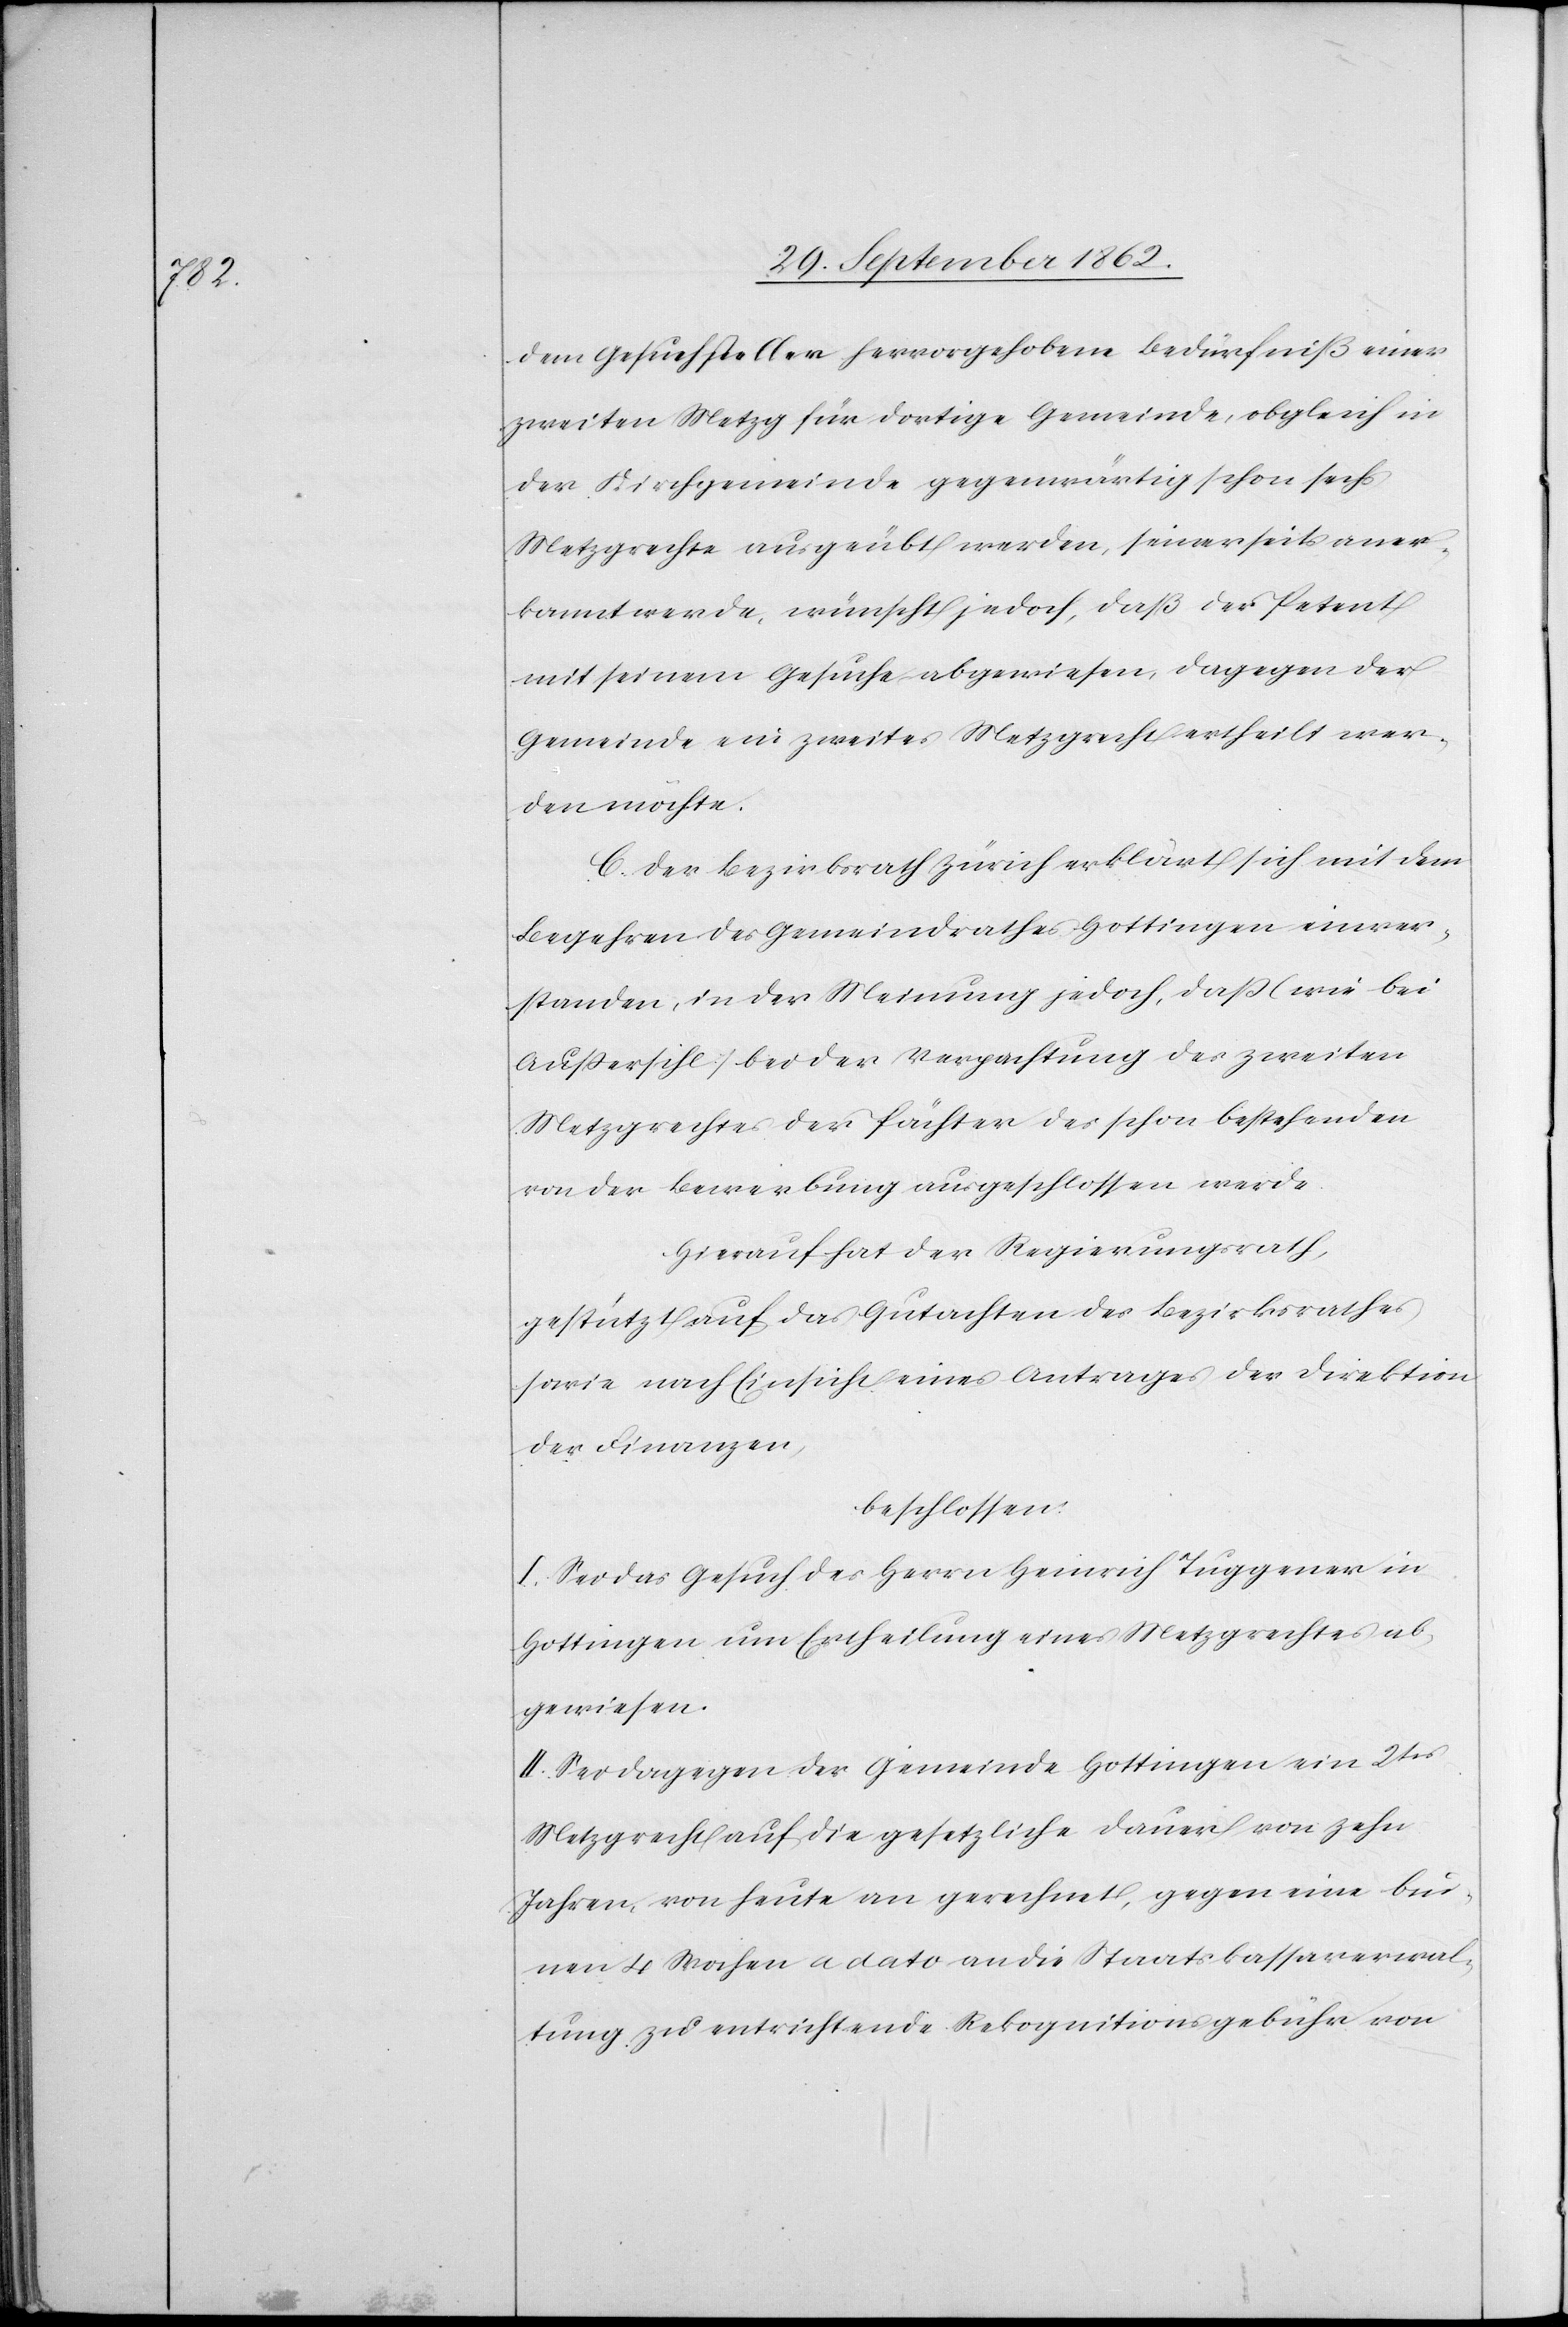
dem Gesuchsteller hervorgehobene Bedürfniß einer
zweiten Metzg für dortige Gemeinde, obgleich in
der Kirchgemeinde gegenwärtig schon sechs
Metzgrechte ausgeübt werden, seinerseits aner¬
kannt werde, wünscht jedoch, daß der Petent
mit seinem Gesuche abgewiesen, dagegen der
Gemeinde ein zweites Metzgrecht ertheilt wer¬
den möchte.
D. Der Bezirksrath Zürich erklärt sich mit dem
Begehren des Gemeindrathes Hottingen einver¬
standen, in der Meinung jedoch, daß (wie bei
Außersihl) bei der Verpachtung des zweiten
Metzgrechtes der Pächter des schon bestehenden
von der Bewerbung ausgeschlossen werde.
Hierauf hat der Regierungsrath,
gestützt auf das Gutachten des Bezirksrathes
sowie nach Einsicht eines Antrages der Direktion
der Finanzen,
beschlossen:
I. Sei das Gesuch des Herrn Heinrich Tuggener in
Hottingen um Ertheilung eines Metzgrechtes ab¬
gewiesen.
II. Sei dagegen der Gemeinde Hottingen ein 2tes
Metzgrecht auf die gesetzliche Dauer von zehn
Jahren, von heute an gerechnet, gegen eine bin¬
nen 4 Wochen a dato an die Staatskassaverwal¬
tung zu entrichtende Rekognitionsgebühr von